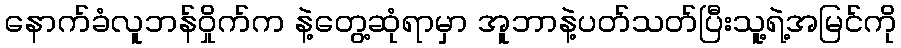
နောက်ခံလူဘန်ဝှိုက်က နဲ့တွေ့ဆုံရာမှာ အူဘာနဲ့ပတ်သတ်ပြီးသူ့ရဲ့အမြင်ကို